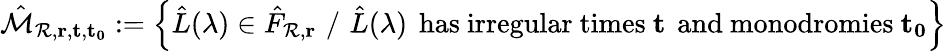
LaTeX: \hat{\mathcal{M}}_{\mathcal{R},\mathbf{r},\mathbf{t},\mathbf{t_{0}}}:=\left\{ \hat{L}(\lambda)\in\hat{F}_{\mathcal{R},\mathbf{r}}\, \, /\, \, \hat{L}(\lambda)\, \mathrm{~has~irregular~times~}\mathbf{t}\, \mathrm{~and~monodromies~}\mathbf{t_{0}}\right\}